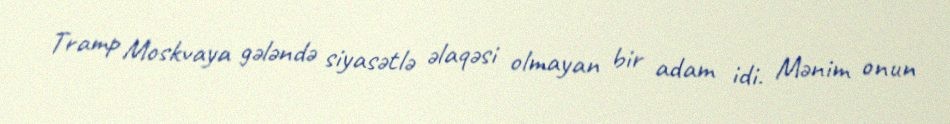
Tramp Moskvaya gələndə siyasətlə əlaqəsi olmayan bir adam idi. Mənim onun